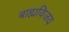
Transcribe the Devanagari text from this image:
बाह्यविजय